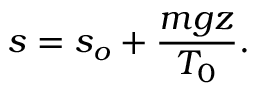
s = s _ { o } + { \frac { m g z } { T _ { 0 } } } .